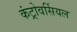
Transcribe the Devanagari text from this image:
कंट्रोवर्सियल